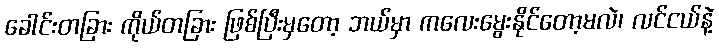
ခေါင်းတခြား ကိုယ်တခြား ဖြစ်ပြီးမှတော့ ဘယ်မှာ ကလေးမွေးနိုင်တော့မလဲ၊ လင်ငယ်နဲ့